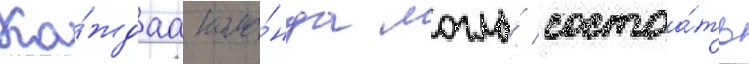
Ка́ждаа кома́нда могла́ состоа́ть